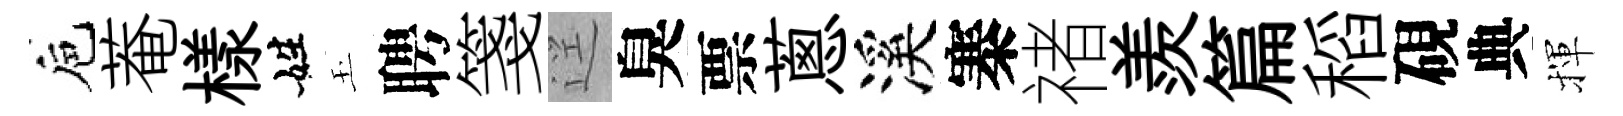
巵菴樣姓玉聘箋逕臭票蔥溪寨禇羨篇稻硯典揮